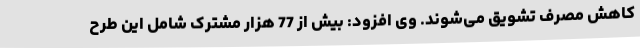
کاهش مصرف تشویق می‌شوند. وی افزود: بیش از 77 هزار مشترک شامل این طرح